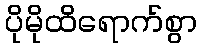
ပိုမိုထိရောက်စွာ